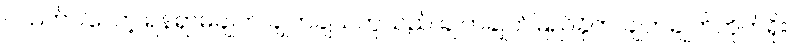
ပသတ်ပါလော့ ရန်ရှာမချုတ် ချုတ်ချယ်ဟူသည် ချုတ်ချုတ်မြည်ခိုက် ချုတ်ချုတ်တိုက်ရိုး